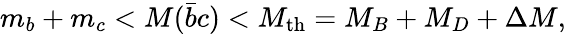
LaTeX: m_{b}+m_{c}<M(\bar{b}c)<M_{\mathrm{th}}=M_{B}+M_{D}+\Delta M,